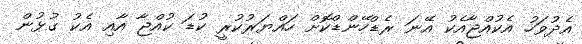
އެދުވަހު އެކުއްޖާއެކު އޭނަ ރެޑްހޭންޑްކޮށް ހައްޔަރުކުރީ ކުޑަ ކުއްޖާ އާއި އެކު ގުޅުން